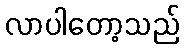
လာပါတော့သည်